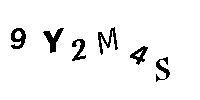
9Y2M4S